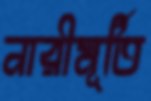
নারীমূর্তি